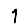
Digit: 1